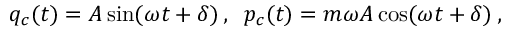
q _ { c } ( t ) = A \sin ( \omega t + \delta ) \, , \; \; p _ { c } ( t ) = m \omega A \cos ( \omega t + \delta ) \, ,